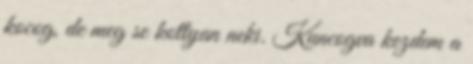
kocog, de meg se kottyan neki. Kuncogva kezdem a